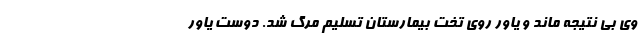
وی بی نتیجه ماند و یاور روی تخت بیمارستان تسلیم مرگ شد. دوست یاور